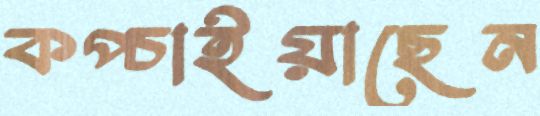
কপ্‌চাইয়াছেন